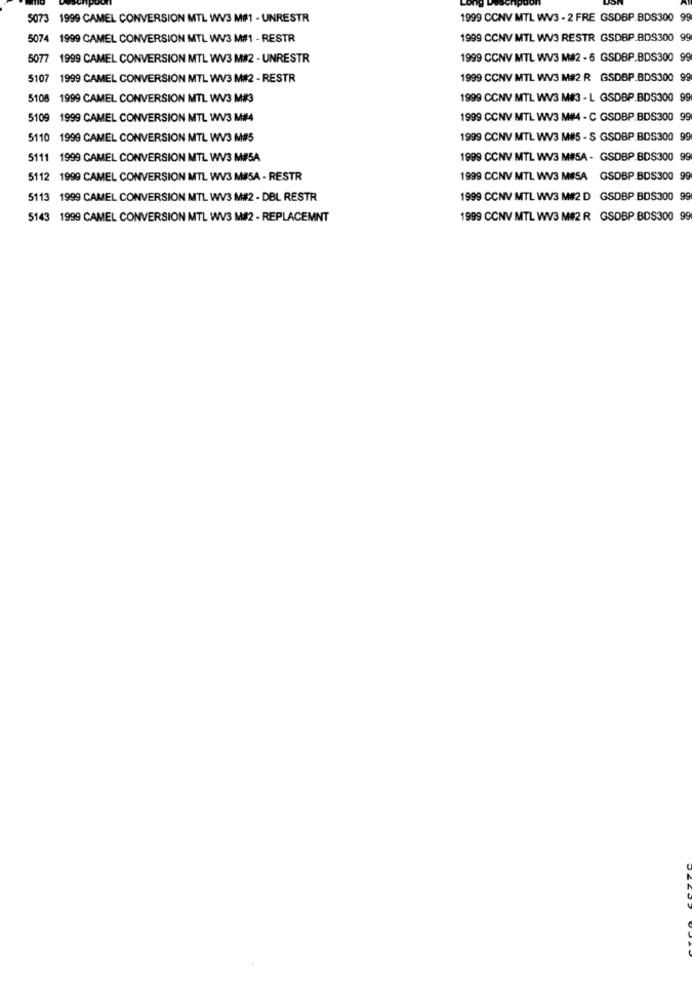
5073 1999 CAMEL CONVERSION MTL WV3 M#1 - UNRESTR
1999 CCNV MTL WV3 - 2 FRE GSDBP.BDS300 99
5074 1999 CAMEL CONVERSION MTL WV3 M#1 - RESTR
1999 CCNV MTL WV3 RESTR GSDBP.BDS300 99
5077 1999 CAMEL CONVERSION MTL WV3 M#2 - UNRESTR
1999 CCNV MTL WV3 M#2 - 6 GSDBP.BDS300 99
5107 1999 CAMEL CONVERSIÓN MTL WV3 M#2 - RESTR
1999 CCNV MTL WV3 M#2 R GSDBP.BDS300 99
5108 1999 CAMEL CONVERSION MTL WV3 M#3
1999 CCNV MTL WV3 M#3 - L GSDBP.BDS300 99
5109 1999 CAMEL CONVERSION MTL WV3 M#4
1999 CCNV MTL WV3 M#4 - C GSDBP.BDS300 99
5110 1999 CAMEL CONVERSION MTL WV3 M#5
1999 CCNV MTL WV3 M#5 - S GSDBP BDS300 99
5111 1999 CAMEL CONVERSION MTL WV3 M#5A
1999 CCNV MTL WV3 M#5A - GSDBP BDS300 99
5112 1999 CAMEL CONVERSION MTL WV3 M#5A - RESTR
1999 CCNV MTL WV3 MISA GSDBP BDS300 99
5113 1999 CAMEL CONVERSION MTL WV3 M#2 - DBL RESTR
1999 CCNV MTL WV3 M#2 D GSDBP BDS300 99
5143 1999 CAMEL CONVERSION MTL WV3 M#2 - REPLACEMNT
1999 CCNV MTL WV3 M#2 R GSDBP.BDS300 99